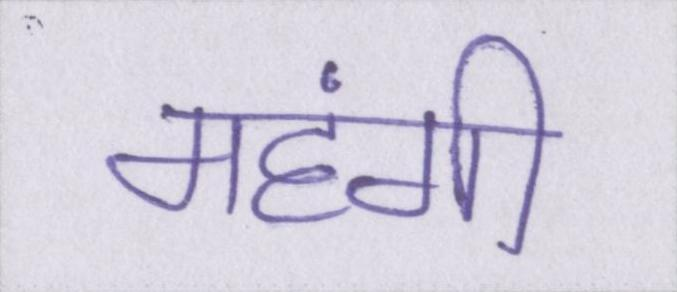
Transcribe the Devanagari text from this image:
महंगी